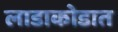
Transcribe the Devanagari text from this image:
लाडाकोडात